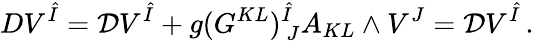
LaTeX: DV^{\hat{I}}={\cal D}V^{\hat{I}}+g(G^{KL})_{~J}^{\hat{I}}A_{KL}\wedge V^{J}={\cal D}V^{\hat{I}}\, .